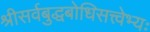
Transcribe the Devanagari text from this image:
श्रीसर्वबुद्धबोधिसत्त्वेभ्यः